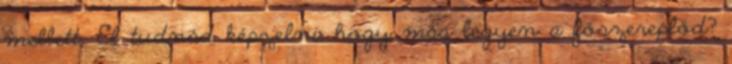
mellett. El tudnád képzelni, hogy más legyen a főszereplőd?